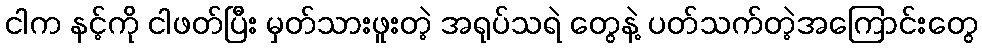
ငါက နင့်ကို ငါဖတ်ပြီး မှတ်သားဖူးတဲ့ အရုပ်သရဲ တွေနဲ့ ပတ်သက်တဲ့အကြောင်းတွေ